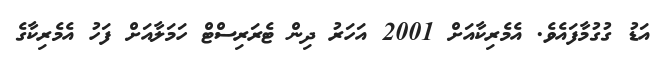
އަޑު ގުގުމާފައެވެ. އެމެރިކާއަށް 2001 އަހަރު ދިން ޓެރަރިސްޓް ހަމަލާއަށް ފަހު އެމެރިކާގެ